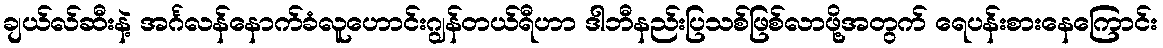
ချယ်လ်ဆီးနဲ့ အင်္ဂလန်နောက်ခံလူဟောင်းဂျွန်တယ်ရီဟာ ဒါဘီနည်းပြသစ်ဖြစ်လာဖို့အတွက် ရေပန်းစားနေကြောင်း